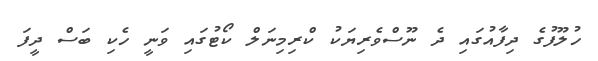
ހުލޫފުގެ ދިފާއުގައި ދެ ނޫސްވެރިޔަކު ކްރިމިނަލް ކޯޓުގައި ވަނީ ހެކި ބަސް ދީފަ